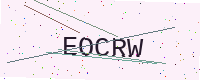
Text: EOCRW